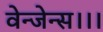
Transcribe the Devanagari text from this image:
वेन्जेन्स।।।